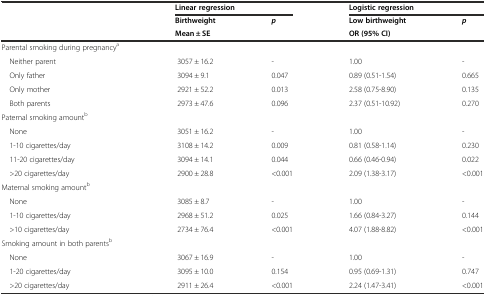
| <ROWSPAN=3>  | <COLSPAN=2> Linear regression | <COLSPAN=2> Logistic regression |
 | Birthweight | <ROWSPAN=2> p | Low birthweight | <ROWSPAN=2> p |
 | Mean ± SE | OR (95% CI) |
 | --- | --- | --- | --- | --- |
 | Parental smoking during pregnancya |  |  |  |  |
 | Neither parent | 3057 ± 16.2 | - | 1.00 | - |
 | Only father | 3094 ± 9.1 | 0.047 | 0.89 (0.51-1.54) | 0.665 |
 | Only mother | 2921 ± 52.2 | 0.013 | 2.58 (0.75-8.90) | 0.135 |
 | Both parents | 2973 ± 47.6 | 0.096 | 2.37 (0.51-10.92) | 0.270 |
 | Paternal smoking amountb |  |  |  |  |
 | None | 3051 ± 16.2 | - | 1.00 | - |
 | 1-10 cigarettes/day | 3108 ± 14.2 | 0.009 | 0.81 (0.58-1.14) | 0.230 |
 | 11-20 cigarettes/day | 3094 ± 14.1 | 0.044 | 0.66 (0.46-0.94) | 0.022 |
 | >20 cigarettes/day | 2900 ± 28.8 | <0.001 | 2.09 (1.38-3.17) | <0.001 |
 | Maternal smoking amountb |  |  |  |  |
 | None | 3085 ± 8.7 | - | 1.00 | - |
 | 1-10 cigarettes/day | 2968 ± 51.2 | 0.025 | 1.66 (0.84-3.27) | 0.144 |
 | >10 cigarettes/day | 2734 ± 76.4 | <0.001 | 4.07 (1.88-8.82) | <0.001 |
 | Smoking amount in both parentsb |  |  |  |  |
 | None | 3067 ± 16.9 | - | 1.00 | - |
 | 1-20 cigarettes/day | 3095 ± 10.0 | 0.154 | 0.95 (0.69-1.31) | 0.747 |
 | >20 cigarettes/day | 2911 ± 26.4 | <0.001 | 2.24 (1.47-3.41) | <0.001 |